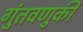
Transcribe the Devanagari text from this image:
गुंतवणुकी